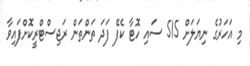
މި އަހަރުގެ ނިޔަލަށް 515 ސައި ހޮޓާ ކެފޭ ފަދަ ތަންތަން ރަޖިސްޓްރީކޮށްފައިވާ